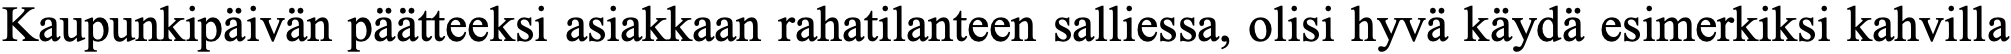
Kaupunkipäivän päätteeksi asiakkaan rahatilanteen salliessa, olisi hyvä käydä esimerkiksi kahvilla